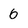
Character: 6